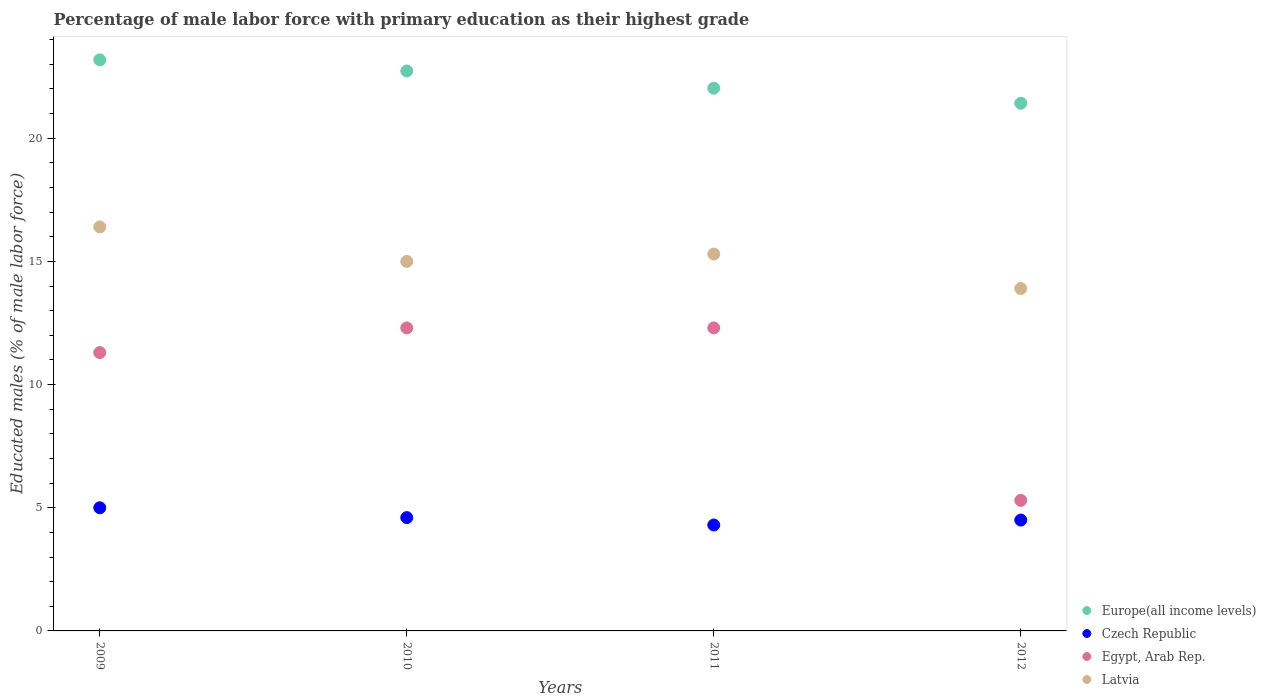
| Years | Europe(all income levels) | Czech Republic | Egypt, Arab Rep. | Latvia |
 | --- | --- | --- | --- | --- |
 | 2009 | 23.2 | 5 | 11.3 | 16.4 |
 | 2010 | 22.7 | 4.6 | 12.3 | 15 |
 | 2011 | 22 | 4.3 | 12.3 | 15.3 |
 | 2012 | 21.4 | 4.5 | 5.3 | 13.9 |